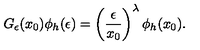
G _ { \epsilon } ( x _ { 0 } ) \phi _ { h } ( \epsilon ) = \left( { \frac { \epsilon } { x _ { 0 } } } \right) ^ { \lambda } \phi _ { h } ( x _ { 0 } ) .